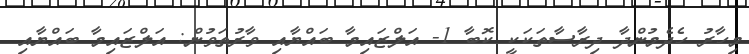
މިހާރު ހެދެމުންދާ ދިރާސާތަކަކީ ކޮބާ 1- އަލްޒައިމާ ބައްޔާއި ވާރުތަވުން: އަލްޒައިމާ ބައްޔާއި